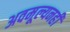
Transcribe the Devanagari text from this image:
अवमूल्यनही